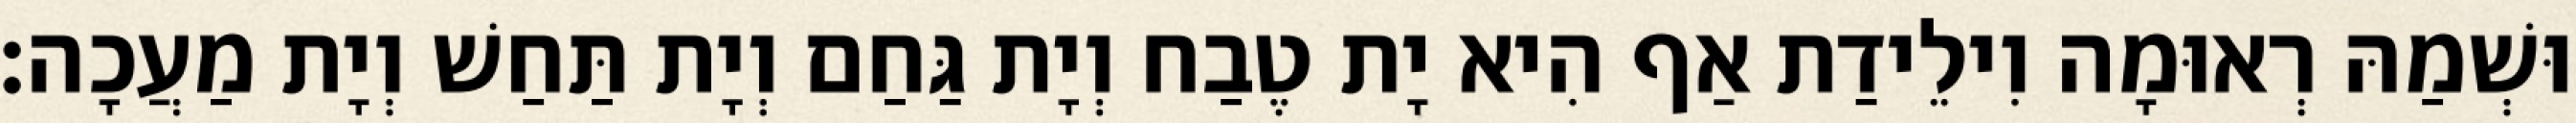
וּשְׁמַהּ רְאוּמָה וִילֵידַת אַף הִיא יָת טֶבַח וְיָת גַּחַם וְיָת תַּחַשׁ וְיָת מַעֲכָה׃